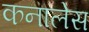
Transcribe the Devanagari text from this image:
कनालेस